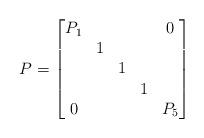
LaTeX: \begin{align*}P = \begin{bmatrix} P_1 & & & & 0 \\ & 1 & & & \\ & & 1 & & \\& & & 1 & \\ 0 & & & & P_5\\ \end{bmatrix}\end{align*}